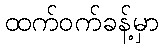
ထက်ဝက်ခန့်မှာ